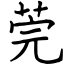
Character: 莞